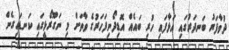
ދުވާފަރު ބަނދަރުގައި އަޅާފައި ހުރި ބައެއް އޮޑިދޯނިފަހަރުގެ ވާތަށް މި ނަގޫރޯޅީގައި ކަނޑައިގެން